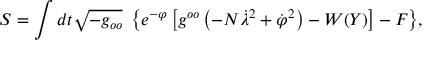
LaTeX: { \cal S } = { \displaystyle \int d t \sqrt { - g _ { o o } } \ \left\{ e ^ { - \varphi } \left[ g ^ { o o } \left( - N \dot { \lambda } ^ { 2 } + \dot { \varphi } ^ { 2 } \right) - W ( Y ) \right] - F \right\} } ,